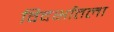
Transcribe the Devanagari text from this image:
विदर्भातला